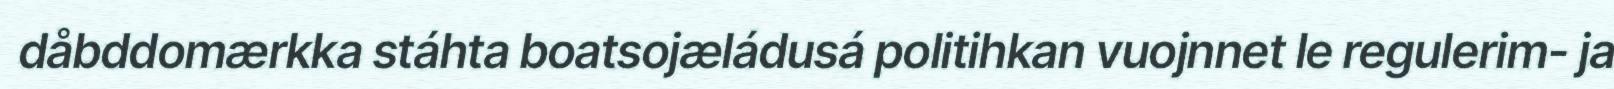
dåbddomærkka stáhta boatsojæládusá politihkan vuojnnet le regulerim- ja